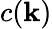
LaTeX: c(\mathbf{k})